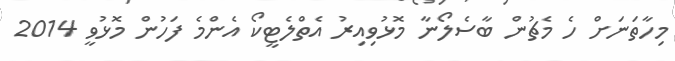
މިހާތަނަށް ހެ މެޗުން ބާސެލޯނާ މޮޅުވިއިރު އެތްލެޓީކޯ އެންމެ ފަހުން މޮޅުވީ 2014